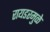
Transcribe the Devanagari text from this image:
रायडरमुळे